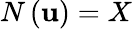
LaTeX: N\left(\mathbf{u}\right)=X